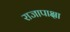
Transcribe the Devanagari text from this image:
राजापाक्षा